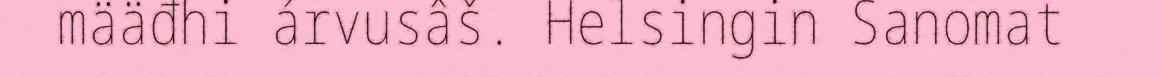
määđhi árvusâš. Helsingin Sanomat